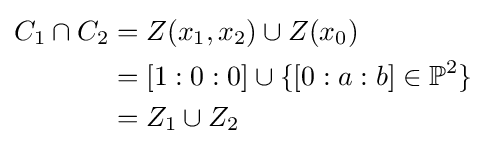
{\begin{aligned}C_{1}\cap C_{2}&=Z(x_{1},x_{2})\cup Z(x_{0})\\&=[1:0:0]\cup \{[0:a:b]\in \mathbb {P} ^{2}\}\\&=Z_{1}\cup Z_{2}\end{aligned}}